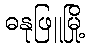
ဓနုဖြူမြို့